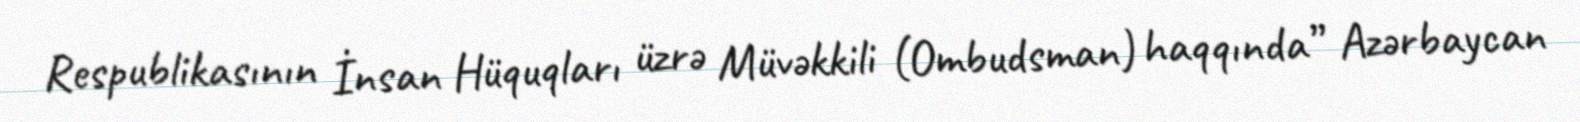
Respublikasının İnsan Hüquqları üzrə Müvəkkili (Ombudsman) haqqında” Azərbaycan